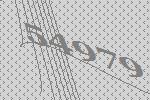
54979